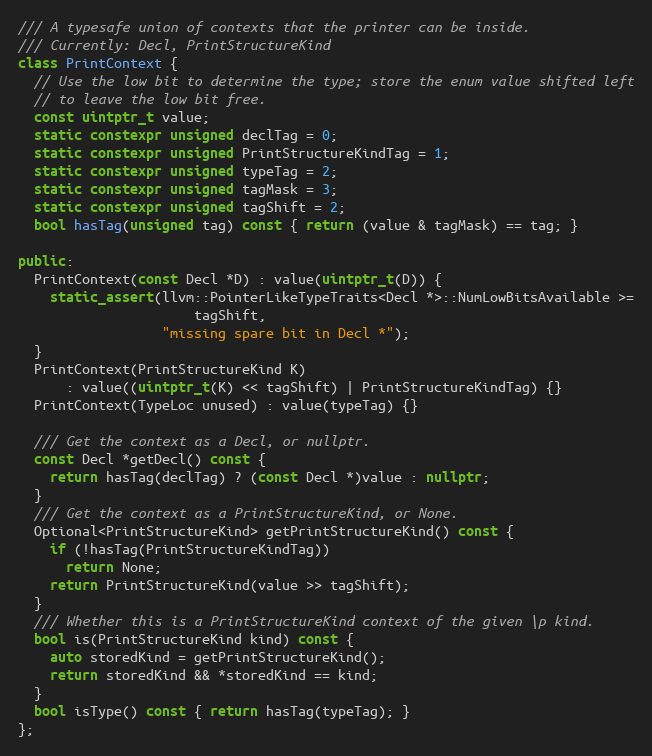
Language: C++
/// A typesafe union of contexts that the printer can be inside.
/// Currently: Decl, PrintStructureKind
class PrintContext {
  // Use the low bit to determine the type; store the enum value shifted left
  // to leave the low bit free.
  const uintptr_t value;
  static constexpr unsigned declTag = 0;
  static constexpr unsigned PrintStructureKindTag = 1;
  static constexpr unsigned typeTag = 2;
  static constexpr unsigned tagMask = 3;
  static constexpr unsigned tagShift = 2;
  bool hasTag(unsigned tag) const { return (value & tagMask) == tag; }

public:
  PrintContext(const Decl *D) : value(uintptr_t(D)) {
    static_assert(llvm::PointerLikeTypeTraits<Decl *>::NumLowBitsAvailable >=
                      tagShift,
                  "missing spare bit in Decl *");
  }
  PrintContext(PrintStructureKind K)
      : value((uintptr_t(K) << tagShift) | PrintStructureKindTag) {}
  PrintContext(TypeLoc unused) : value(typeTag) {}

  /// Get the context as a Decl, or nullptr.
  const Decl *getDecl() const {
    return hasTag(declTag) ? (const Decl *)value : nullptr;
  }
  /// Get the context as a PrintStructureKind, or None.
  Optional<PrintStructureKind> getPrintStructureKind() const {
    if (!hasTag(PrintStructureKindTag))
      return None;
    return PrintStructureKind(value >> tagShift);
  }
  /// Whether this is a PrintStructureKind context of the given \p kind.
  bool is(PrintStructureKind kind) const {
    auto storedKind = getPrintStructureKind();
    return storedKind && *storedKind == kind;
  }
  bool isType() const { return hasTag(typeTag); }
};